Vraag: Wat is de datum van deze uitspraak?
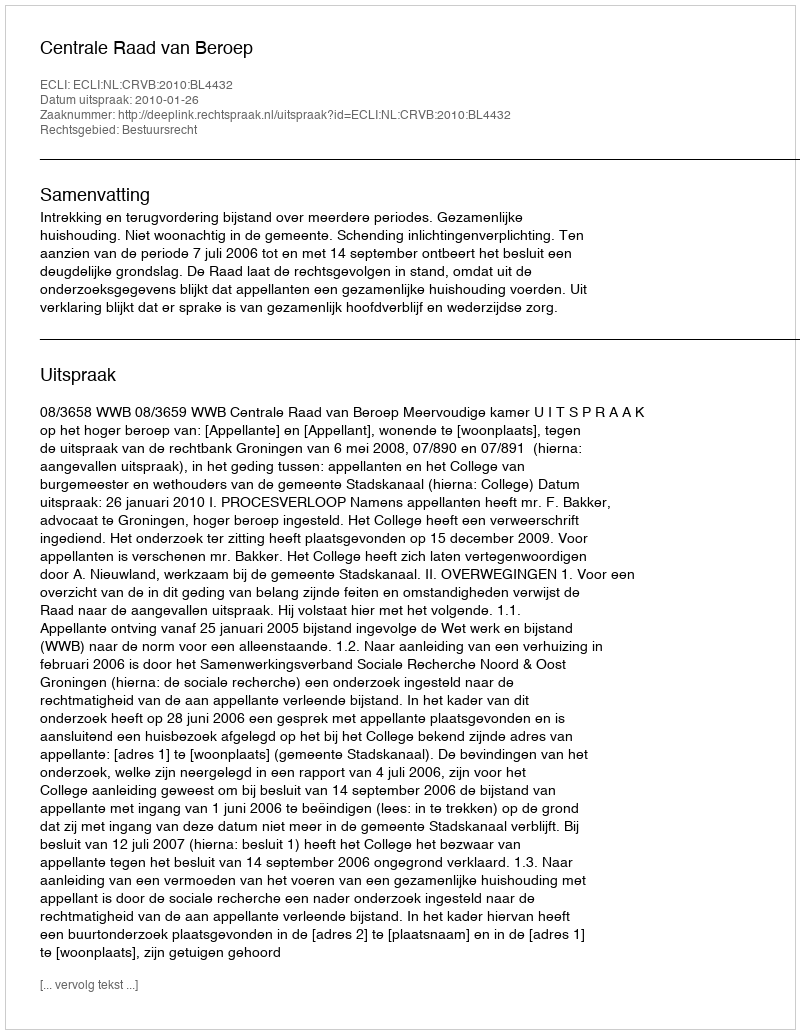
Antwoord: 2010-01-26